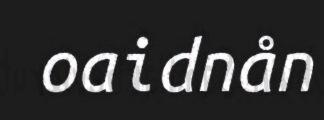
oaidnån